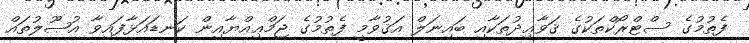
ފެތުމުގެ ސްޓްރޯކްތަކުގެ ޤަވާޢިދުތަކާއި ބައިނަލް އަޤުވާމީ ފެތުމުގެ ޖަމްޢިއްޔާއިން ކަނޑައަޅާފައިވާ އުޞޫލުތައް